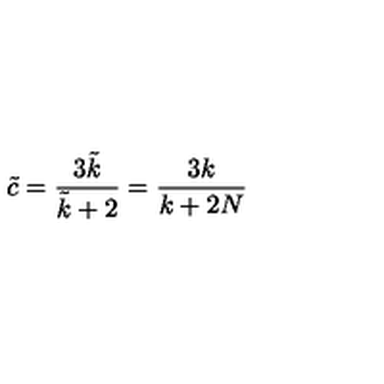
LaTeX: \tilde { c } = \frac { 3 \tilde { k } } { \tilde { k } + 2 } = \frac { 3 k } { k + 2 N }